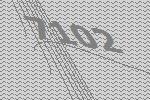
7102